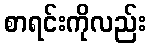
စာရင်းကိုလည်း